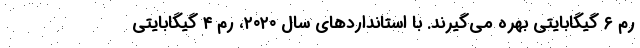
رم ۶ گیگابایتی بهره می‌گیرند. با استانداردهای سال ۲۰۲۰، رم ۴ گیگابایتی